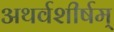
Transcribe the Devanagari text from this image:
अथर्वशीर्षम्